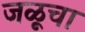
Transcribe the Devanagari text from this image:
जळूचा